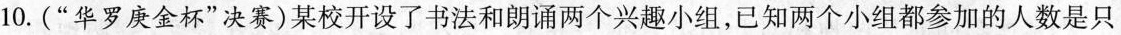
10.(”华罗庚金杯”决赛)某校开设了书法和朗诵两个兴趣小组，已知两个小组都参加的人数是只